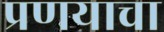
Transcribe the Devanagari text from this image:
प्रणयाचा